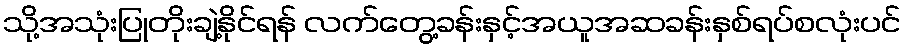
သို့အသုံးပြုတိုးချဲ့နိုင်ရန် လက်တွေ့ခန်းနှင့်အယူအဆခန်းနှစ်ရပ်စလုံးပင်